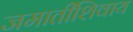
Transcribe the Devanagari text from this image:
जमातींशिवाय